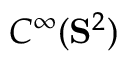
C ^ { \infty } ( \mathbf { S } ^ { 2 } )